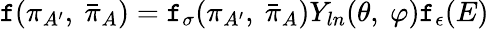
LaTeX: \mathtt{f}(\pi_{A^{\prime}},\ {\bar{{\pi}}}_{A})=\mathtt{f}_{\sigma}(\pi_{A^{\prime}},\ {\bar{{\pi}}}_{A})Y_{ln}(\theta,\ \varphi)\mathtt{f}_{\epsilon}(E)